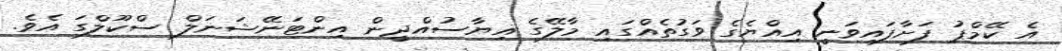
އެ ކޭމްޕު ފަށާފައިވަނީ އިއްޔެގެ ވަގުތެއްގައި މާލޭގެ ޣިޔާސުއްދީން އިންޓަނޭޝަނަލް ސްކޫލްގަ އެވެ.